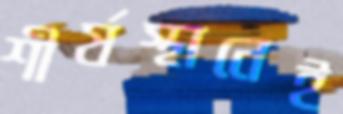
শীর্ষস্থানেই